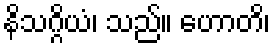
နိသဂ္ဂိယံ၊ သည်။ ဟောတိ၊